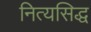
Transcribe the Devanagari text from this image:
नित्यसिद्ध